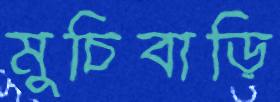
মুচিবাড়ি